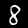
Digit: 8